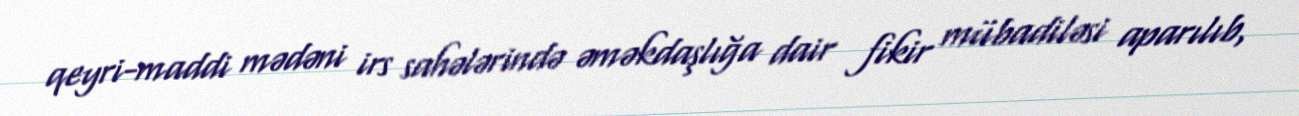
qeyri-maddi mədəni irs sahələrində əməkdaşlığa dair fikir mübadiləsi aparılıb,